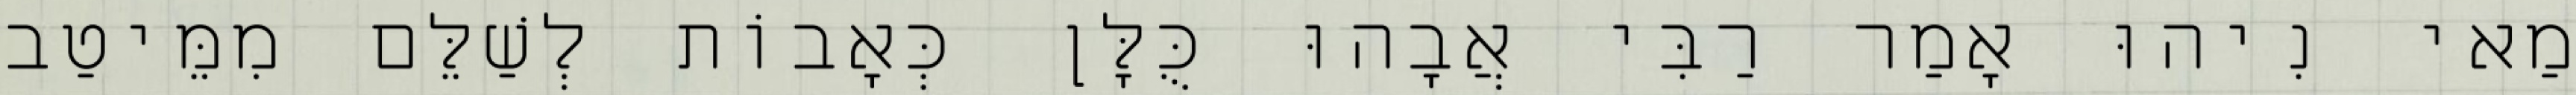
מַאי נִיהוּ אָמַר רַבִּי אֲבָהוּ כֻּלָּן כְּאָבוֹת לְשַׁלֵּם מִמֵּיטַב